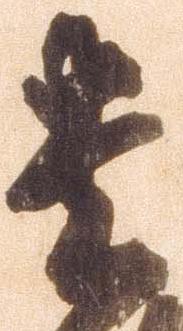
貴